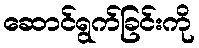
ဆောင်ရွက်ခြင်းကို